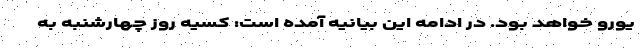
یورو خواهد بود. در ادامه این بیانیه آمده است: کسیه روز چهارشنبه به